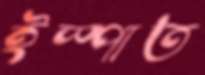
ইস্পাত